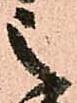
之